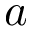
a